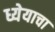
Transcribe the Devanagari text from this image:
ध्येयाचा